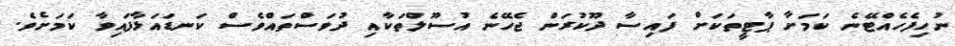
ނުހިފެހެއްޓޭނެ ކަމަށާ ޕާޓީތަކަށް ފައިސާ ދޫކުރަން ޖެހޭނެ އުސޫލްތަކާއި ދުވަސްތައްވެސް ކަނޑައަޅާފައިވާ ކަމަށެވެ.